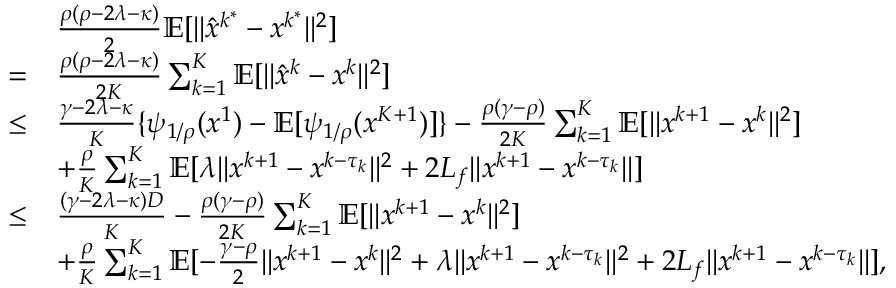
\begin{array} { r l } & { \frac { \rho ( \rho - 2 \lambda - \kappa ) } { 2 } \mathbb { E } [ \| \hat { x } ^ { k ^ { \ast } } - x ^ { k ^ { \ast } } \| ^ { 2 } ] } \\ { = } & { \frac { \rho ( \rho - 2 \lambda - \kappa ) } { 2 K } \sum _ { k = 1 } ^ { K } \mathbb { E } [ \| \hat { x } ^ { k } - x ^ { k } \| ^ { 2 } ] } \\ { \leq } & { \frac { \gamma - 2 \lambda - \kappa } { K } \{ \psi _ { 1 / \rho } ( x ^ { 1 } ) - \mathbb { E } [ \psi _ { 1 / \rho } ( x ^ { K + 1 } ) ] \} - \frac { \rho ( \gamma - \rho ) } { 2 K } \sum _ { k = 1 } ^ { K } \mathbb { E } [ \| x ^ { k + 1 } - x ^ { k } \| ^ { 2 } ] } \\ & { + \frac { \rho } { K } \sum _ { k = 1 } ^ { K } \mathbb { E } [ \lambda \| x ^ { k + 1 } - x ^ { k - \tau _ { k } } \| ^ { 2 } + 2 L _ { f } \| x ^ { k + 1 } - x ^ { k - \tau _ { k } } \| ] } \\ { \leq } & { \frac { ( \gamma - 2 \lambda - \kappa ) D } { K } - \frac { \rho ( \gamma - \rho ) } { 2 K } \sum _ { k = 1 } ^ { K } \mathbb { E } [ \| x ^ { k + 1 } - x ^ { k } \| ^ { 2 } ] } \\ & { + \frac { \rho } { K } \sum _ { k = 1 } ^ { K } \mathbb { E } [ - \frac { \gamma - \rho } { 2 } \| x ^ { k + 1 } - x ^ { k } \| ^ { 2 } + \lambda \| x ^ { k + 1 } - x ^ { k - \tau _ { k } } \| ^ { 2 } + 2 L _ { f } \| x ^ { k + 1 } - x ^ { k - \tau _ { k } } \| ] , } \end{array}